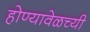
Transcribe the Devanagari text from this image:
होण्यावेळच्यी